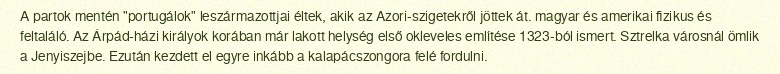
A partok mentén "portugálok" leszármazottjai éltek, akik az Azori-szigetekről jöttek át. magyar és amerikai fizikus és feltaláló. Az Árpád-házi királyok korában már lakott helység első okleveles említése 1323-ból ismert. Sztrelka városnál ömlik a Jenyiszejbe. Ezután kezdett el egyre inkább a kalapácszongora felé fordulni.